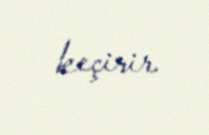
keçirir.